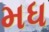
મધ